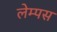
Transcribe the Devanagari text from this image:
लेम्पस